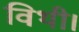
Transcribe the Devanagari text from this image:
विथी।